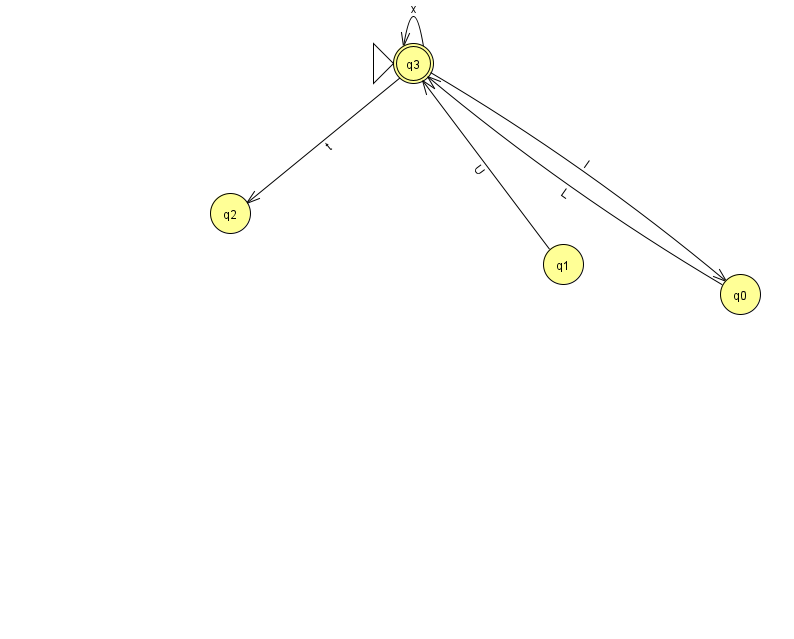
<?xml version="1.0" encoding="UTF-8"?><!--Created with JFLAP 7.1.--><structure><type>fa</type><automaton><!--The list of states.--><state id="0" name="q0"><x>740.0</x><y>281.0</y></state><state id="1" name="q1"><x>563.0</x><y>251.0</y></state><state id="2" name="q2"><x>230.0</x><y>200.0</y></state><state id="3" name="q3"><x>413.0</x><y>50.0</y><initial/><final/></state><!--The list of transitions.--><transition><from>1</from><to>3</to><read>U</read></transition><transition><from>3</from><to>2</to><read>t</read></transition><transition><from>0</from><to>3</to><read>L</read></transition><transition><from>3</from><to>0</to><read>l</read></transition><transition><from>3</from><to>3</to><read>x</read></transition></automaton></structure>